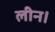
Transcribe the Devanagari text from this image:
लीन।